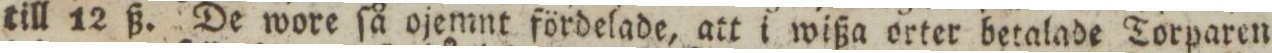
till 12 ß. De wore ſå ojemnt fördelade, att i wißa orter betalade Torparen